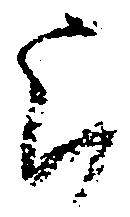
上